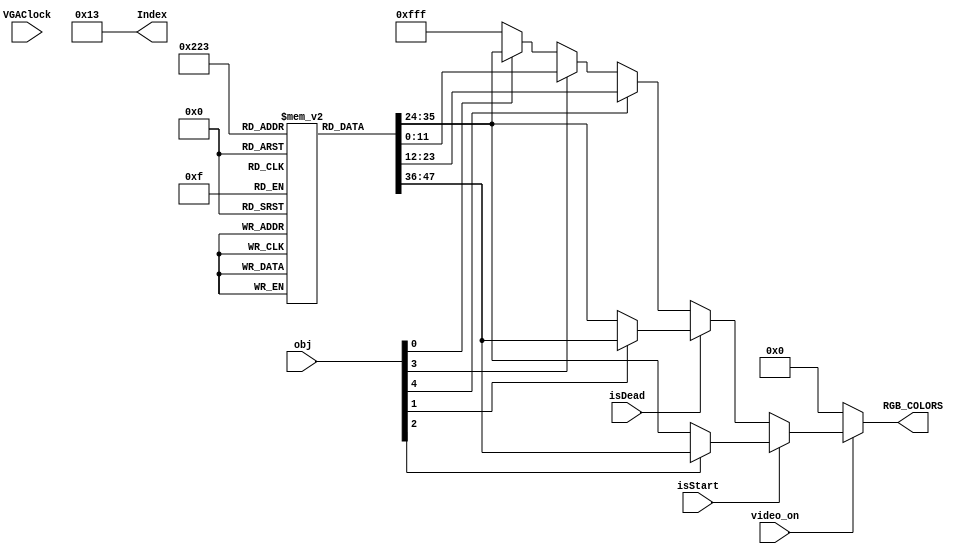
`timescale 1ns / 1ps
module PixelGeneration(
    input VGAClock,
    input isDead,
    input isStart,
    input video_on,
    input [5:0]obj,
    output reg [11:0]RGB_COLORS,
//    output [19:0]Data,
//    output rawApple,dataBit,
    output reg [5:0] Index
    );
    parameter TEXT                  = 12'hFFF;
    parameter DEAD_BACKGROUND       = 12'hF66;
    parameter START_GAME_BACKGROUND = 12'h8DE;
    parameter SNAKE_BODY_COLOR      = 12'h8A8;
    parameter SNAKE_HEAD_COLOR      = 12'h454;
    parameter APPLE_COLOR           = 12'hF00;
    parameter BACKGROUND_COLOR      = 12'h8DE; 
    
    reg [11:0]objColor[4:0];
    reg appleBit;
    
    initial begin
        RGB_COLORS  = 12'h000;
        appleBit    = 0;
        Index       = 19;
        objColor[0] = BACKGROUND_COLOR;
        objColor[1] = TEXT;
        objColor[2] = SNAKE_HEAD_COLOR;
        objColor[3] = SNAKE_BODY_COLOR;
        objColor[4] = APPLE_COLOR;
//        appleData = 20'b00011110011001111100;
    end
    
//    Texture AppleTexture(
//        .inputObj(obj[3]),
//        .Items(4'b0001),
//        .data(appleData)
//    );
    
//    assign Data = appleData;
//    assign rawApple = obj[3];
//    assign mappingApple = obj[3] | appleBit;a
//    assign dataBit = appleBit;
    
//    always @ (posedge VGAClock) begin
//        if(rawApple && video_on) begin
//            if(Index == 0) begin
//                Index  <= 19;
//            end else begin
//                appleBit <= appleData[Index];
//                Index   <= Index-1;
//            end
//        end else begin
//            appleBit <= 0;
//            Index <= 19;
//        end
//    end
    
    always @ * begin
        if(~video_on) begin
            RGB_COLORS <= 12'h000;
        end
        else if (isStart) begin
            if(obj[2]) begin
                RGB_COLORS <= objColor[1];
            end
            else begin
                RGB_COLORS <= objColor[0];
            end
        end 
        else if (isDead) begin
            if(obj[1]) begin
                RGB_COLORS <= objColor[1];
            end
            else begin
                RGB_COLORS <= objColor[0];
            end
        end 
        else begin
            if(obj[4]) begin
                RGB_COLORS <= objColor[4];
            end
            else if(obj[3]) begin
                RGB_COLORS <= objColor[3];
            end
            else if(obj[0]) begin
                RGB_COLORS <= objColor[0];
            end
            else begin
                RGB_COLORS <= 12'hfff;
            end
        end

    end
endmodule